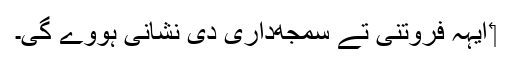
‏ ایہہ فروتنی تے سمجھ‌داری دی نشانی ہووے گی۔